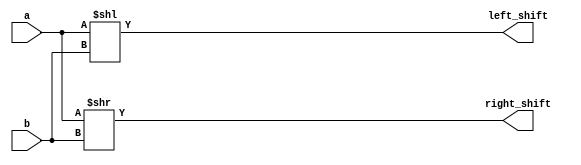
module Shifter(a, b, left_shift, right_shift);

	input [31:0] a;
	input [4:0] b;
	
	output [31:0] left_shift;
	output [31:0] right_shift;
	
	assign left_shift = a << b;
	assign right_shift = a>>b;
	
endmodule